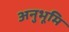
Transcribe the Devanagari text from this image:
अनुभूमि